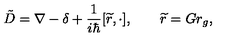
\tilde { D } = \nabla - \delta + \frac 1 { i \hbar } [ \widetilde { r } , \cdot ] , \qquad \widetilde { r } = G r _ { g } ,